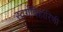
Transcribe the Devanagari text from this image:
स्वर्गविहारिणी